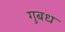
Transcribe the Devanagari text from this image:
गुबध